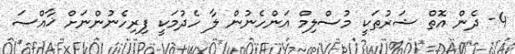
4- ދެން އޮތް ޝަރުޠަކީ މުސްލިމް އަންހެނުން ލާ ހެދުމަކީ ފިރިހެނުންނަށް ޚާއްޞަ